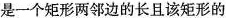
是一个矩形两邻边的长且该矩形的